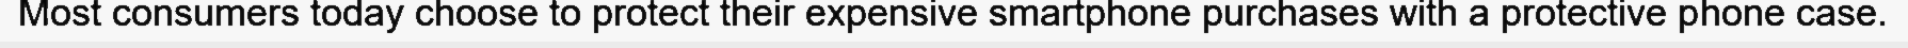
Most consumers today choose to protect their expensive smartphone purchases with a protective phone case.